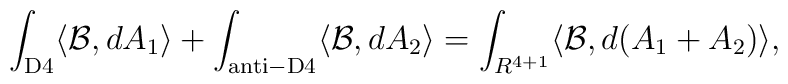
\int_{\rm D4} \langle {\cal B}, dA_1\rangle+\int_{\rm anti-D4}\langle {\cal B}, dA_2\rangle =\int_{R^{4+1}} \langle {\cal B}, d(A_1+A_2)\rangle ,